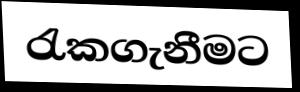
රැකගැනීමට